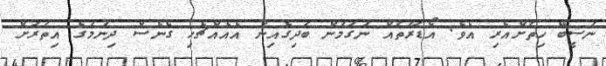
ނަސީބޭ ހިތަށްއެރި އެވެ. އޯޑަރުތައް ނަގަމުން ބަދިގެއިން އެއެއްޗެހި ގެނެސް ދިނުމުގެ އިތުރަށް